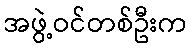
အဖွဲ့ဝင်တစ်ဦးက